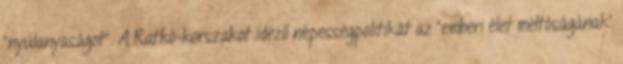
"nyúlanyaságot". A Ratkó-korszakot idéző népességpolitikát az “emberi élet méltóságának”